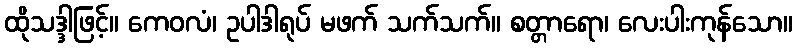
ထိုသဒ္ဒါဖြင့်။ ကေဝလံ၊ ဥပါဒါရုပ် မဖက် သက်သက်။ စတ္တာရော၊ လေးပါးကုန်သော။